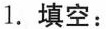
1. 填空：